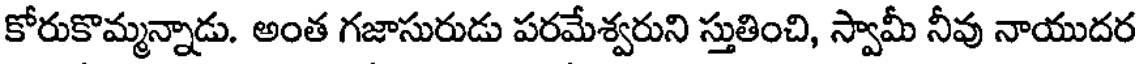
కోరుకొమ్మన్నాడు. అంత గజాసురుడు పరమేశ్వరుని స్తుతించి, స్వామీ నీవు నాయుదర